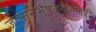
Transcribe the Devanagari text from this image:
ज्ञानभैषज्यमंजरी।